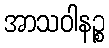
အာသဝါနဉ္စ